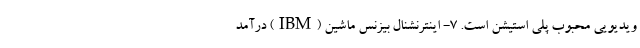
ویدیویی محبوب پلی استیشن است. ۷- اینترنشنال بیزنس ماشین (IBM) درآمد